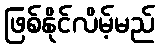
ဖြစ်နိုင်လိမ့်မည်